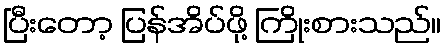
ပြီးတော့ ပြန်အိပ်ဖို့ ကြိုးစားသည်။